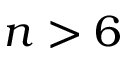
n > 6